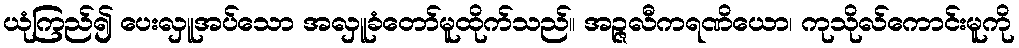
ယုံကြည်၍ ပေးလှူအပ်သော အလှူခံတော်မူထိုက်သည်။ အဉ္ဇလီကရဏိယော၊ ကုသိုလ်ကောင်းမူကို